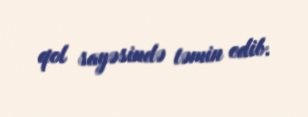
qol sayəsində təmin edib.